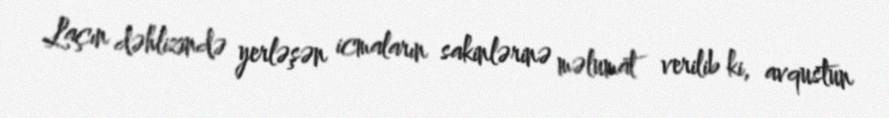
Laçın dəhlizində yerləşən icmaların sakinlərinə məlumat verilib ki, avqustun